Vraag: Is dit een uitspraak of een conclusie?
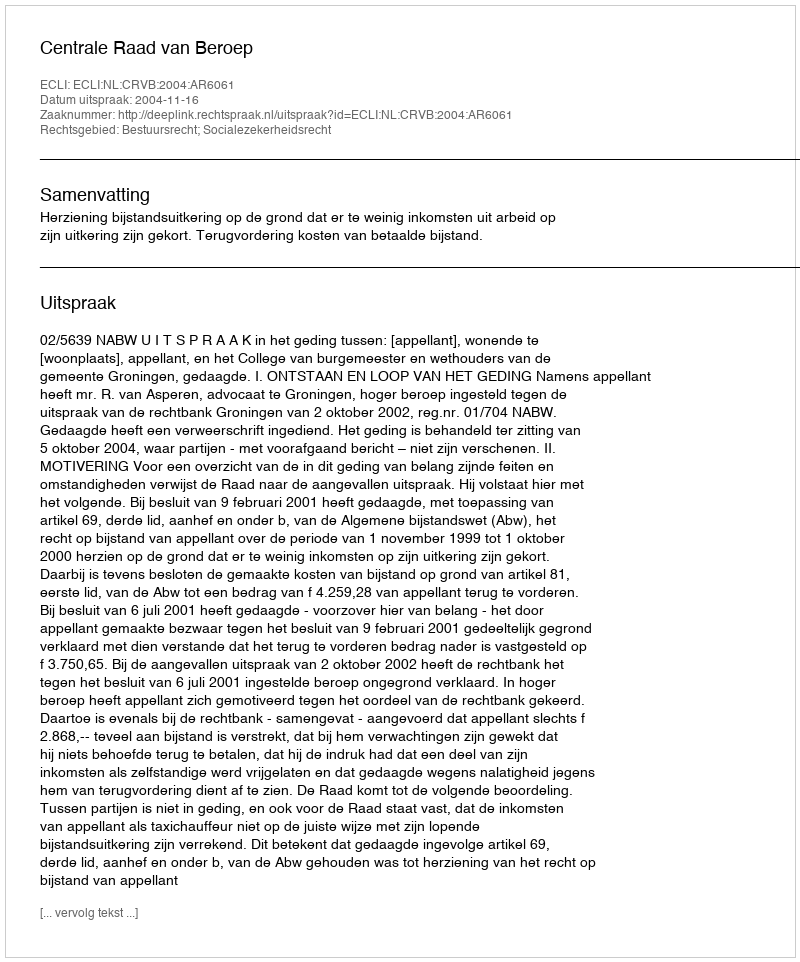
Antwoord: Uitspraak